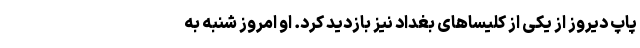
پاپ دیروز از یکی از کلیساهای بغداد نیز بازدید کرد. او امروز شنبه به